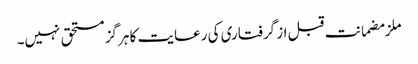
ملزمضمانت قبل از گرفتاری کی رعایت کا ہرگز مستحق نہیں۔